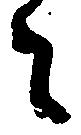
者